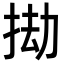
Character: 𢬱